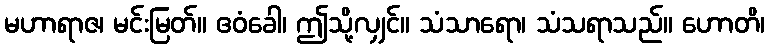
မဟာရာဇ၊ မင်းမြတ်။ ဧဝံခေါ၊ ဤသို့လျှင်။ သံသာရော၊ သံသရာသည်။ ဟောတိ၊